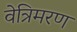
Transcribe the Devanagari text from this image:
वेत्रिमरण